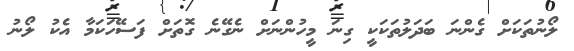
ލޯނުތަކަށް ގެންނަ ބަދަލުތަކަކީ ގިނަ މީހުންނަށް ނެގޭނެ ގޮތަށް ފަސޭހަކަމާ އެކު ލޯނު